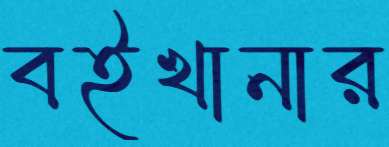
বইখানার